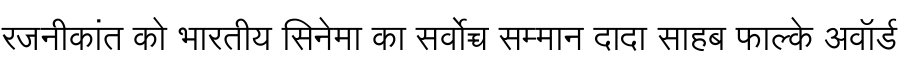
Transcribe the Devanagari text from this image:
रजनीकांत को भारतीय सिनेमा का सर्वोच्च सम्मान दादा साहब फाल्के अवॉर्ड